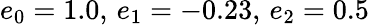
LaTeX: e_{0}=1.0,\, e_{1}=-0.23,\, e_{2}=0.5